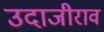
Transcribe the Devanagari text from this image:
उदाजीराव